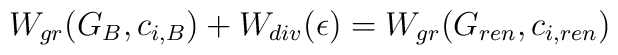
W_{gr}(G_B, c_{i,  B})+W_{div}(\epsilon)=W_{gr} (G_{ren}, c_{i,ren})